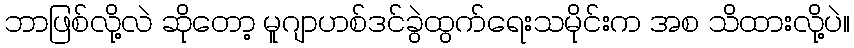
ဘာဖြစ်လို့လဲ ဆိုတော့ မူဂျာဟစ်ဒင်ခွဲထွက်ရေးသမိုင်းက အစ သိထားလို့ပဲ။